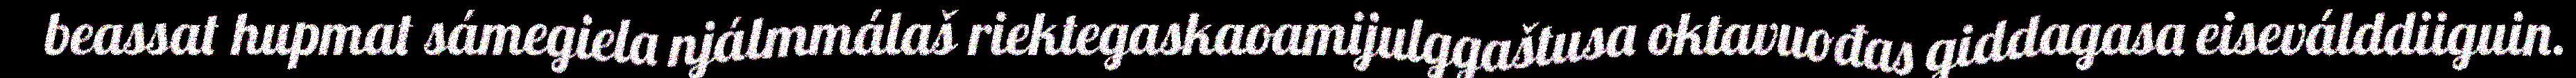
beassat hupmat sámegiela njálmmálaš riektegaskaoamijulggaštusa oktavuođas giddagasa eiseválddiiguin.